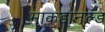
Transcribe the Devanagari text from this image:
माकडानल्ड